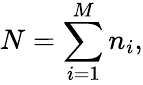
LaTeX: N=\sum_{i=1}^{M}n_{i},